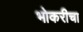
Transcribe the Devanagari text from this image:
भोकरीचा